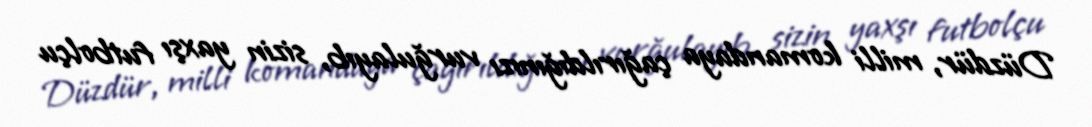
Düzdür, milli komandaya çağırıldığınızı vurğulayıb, sizin yaxşı futbolçu